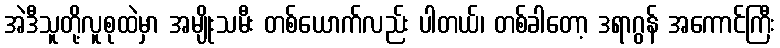
အဲဒီသူတို့လူစုထဲမှာ အမျိုးသမီး တစ်ယောက်လည်း ပါတယ်၊ တစ်ခါတော့ ဒရာဂွန် အကောင်ကြီး